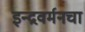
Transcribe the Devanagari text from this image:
इन्द्रवर्मनचा